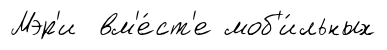
Мэр'и вм'е́ст'е моб'и́льных